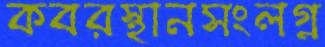
কবরস্থানসংলগ্ন